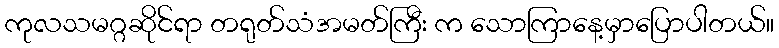
ကုလသမဂ္ဂဆိုင်ရာ တရုတ်သံအမတ်ကြီး က သောကြာနေ့မှာပြောပါတယ်။